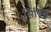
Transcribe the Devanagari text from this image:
सिविल